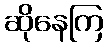
ဆိုနေကြ